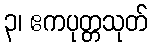
၃၊ ဧကပုတ္တသုတ်